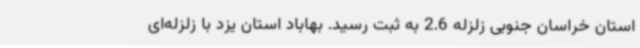
استان خراسان جنوبی زلزله 2.6 به ثبت رسید. بهاباد استان یزد با زلزله‌ای